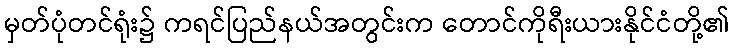
မှတ်ပုံတင်ရုံး၌ ကရင်ပြည်နယ်အတွင်းက တောင်ကိုရီးယားနိုင်ငံတို့၏